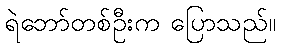
ရဲဘော်တစ်ဦးက ပြောသည်။